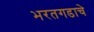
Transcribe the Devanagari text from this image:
भरतगडाचे